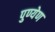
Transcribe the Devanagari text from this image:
पुण्येण